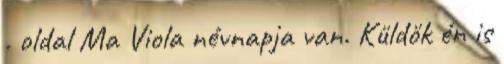
. oldal Ma Viola névnapja van. Küldök én is